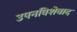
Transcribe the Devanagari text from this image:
उपनविशेवाद